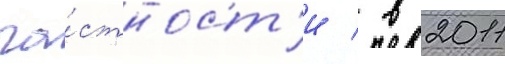
ча́стност'и / в 2011